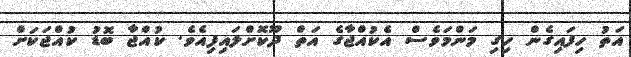
އަތު ހިފައިގެން ހިގި މަންމަވެސް އެކުއްޖާގެ އަތް ދޫކޮށްލައިފިއެވެ. ކުއްޖާ ބޮޑު ކުއްޖަކަށް